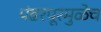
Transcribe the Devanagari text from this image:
पंढरपूरमुळेच